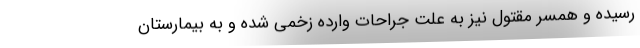
رسیده و همسر مقتول نیز به علت جراحات وارده زخمی شده و به بیمارستان